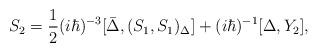
LaTeX: \begin{align*}S_2=\frac{1}{2}(i\hbar)^{-3}[\bar{\Delta},(S_1,S_1)_\Delta]+(i\hbar)^{-1}[\Delta,Y_2],\end{align*}